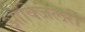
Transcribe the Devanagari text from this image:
आॅक्जिलरी